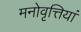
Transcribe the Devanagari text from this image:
मनोवृत्तियां